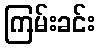
ကြမ်းခင်း